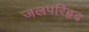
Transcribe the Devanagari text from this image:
जलपरिहृद